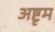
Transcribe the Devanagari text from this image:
अष्टृम